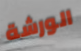
الورشة